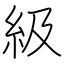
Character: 級